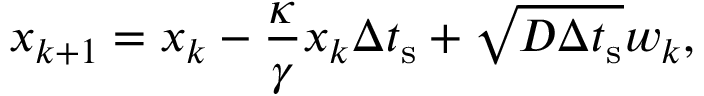
x _ { k + 1 } = x _ { k } - \frac { \kappa } { \gamma } x _ { k } \Delta t _ { \mathrm { s } } + \sqrt { D \Delta t _ { \mathrm { s } } } w _ { k } ,